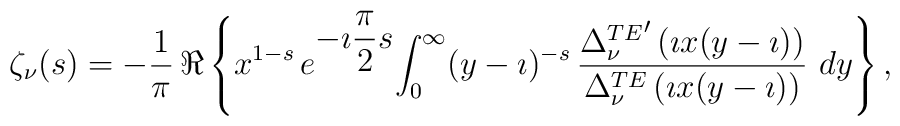
\begin{array}{c}  \zeta_\nu(s)= \displaystyle{-\frac{1}{\pi}}\,\Re \left\{ x^{1-s}\,  e^{\displaystyle{-\imath \frac{\pi}{2}s}}   \displaystyle{\int_0^\infty} (y-\imath)^{-s}\,  \displaystyle{\frac{{\Delta^{TE}_\nu}'  \left(\imath x(y-\imath)\right)}  {\Delta^{TE}_\nu \left(\imath x(y-\imath)\right)}} \ dy  \right\},\end{array}